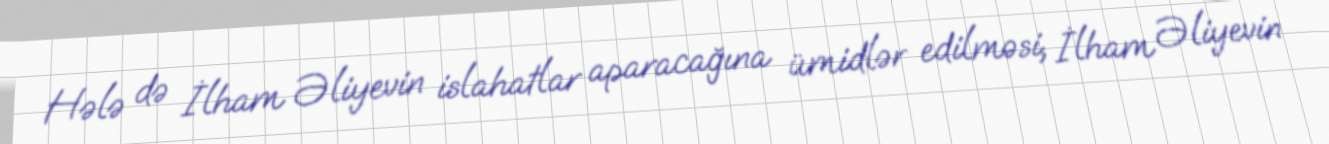
Hələ də İlham Əliyevin islahatlar aparacağına ümidlər edilməsi, İlham Əliyevin